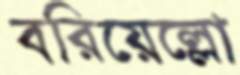
বরিয়েল্লো